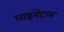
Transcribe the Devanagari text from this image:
लाइमेंटाल